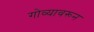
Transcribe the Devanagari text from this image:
गोव्यावरून